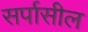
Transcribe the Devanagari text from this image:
सर्पासील